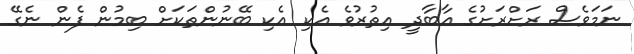
ނަމަވެސް ރަށްރަށުގެ އާބާދީ އިތުރުވެ އެކި އެކި ބޭނުންތަކަށް ބިމުން ފެން ނެގޭ